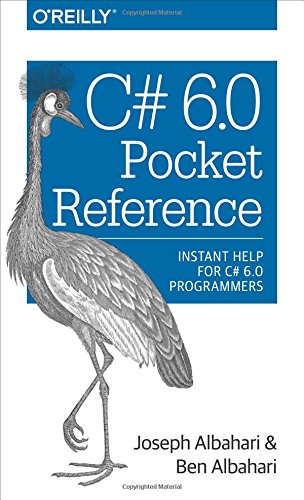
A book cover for C# 6.0 Pocket Reference: Instant Help for C# 6.0 Programmers; Joseph Albahari; Computers & Technology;